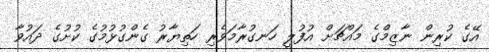
އޭގެ ކުރިން ނާޒިމްގެ މައްޗަށް އުފުލީ ހަނގުރާމަވެރި ހަތިޔާރު ގެންގުޅުމުގެ ކުށުގެ ދައުވާ